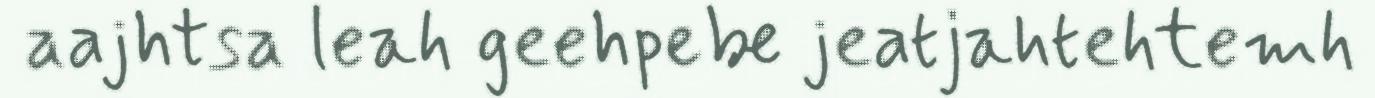
aajhtsa leah geehpebe jeatjahtehtemh